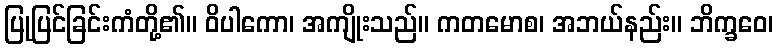
ပြုပြင်ခြင်းကံတို့၏။ ဝိပါကော၊ အကျိုးသည်။ ကတမောစ၊ အဘယ်နည်း။ ဘိက္ခဝေ၊